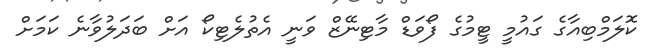
ކޮލަމްބިއާގެ ގައުމީ ޓީމުގެ ފޯވަޑް މާޓިނޭޒް ވަނީ އެތުލެޓިކޯ އަށް ބަދަލުވާނެ ކަމަށް